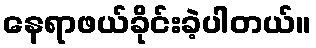
နေရာဖယ်ခိုင်းခဲ့ပါတယ်။